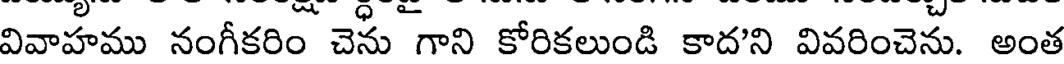
వివాహము నంగీకరిం చెను గాని కోరికలుండి కాదని వివరించెను. అంత